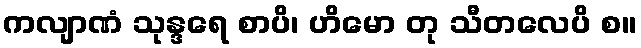
ကလျာဏံ သုန္ဒရေ စာပိ၊ ဟိမော တု သီတလေပိ စ။